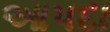
આપદા